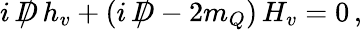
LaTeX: i\, \rlap{\, /}D\, h_{v}+(i\, \rlap{\, /}D-2m_{Q})\, H_{v}=0\, ,